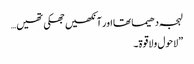
لہجہ دھیما تھا اور آنکھیں جھکی تھیں…
”لاحول ولاقوۃ۔